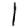
Digit: 1